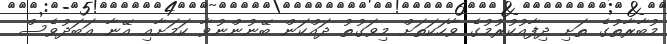
މުބާރާތުގެ ތަށި ދިފާއުކުރުމުގެ ވާހަކަތަށް މިވަގުތު ދައްކަން ބޭނުންނުވާ ކަމަށާއި އޭނާ އަބަދުވެސް